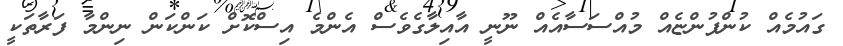
ގައުމެއް ކުންފުންޏެއް މުއްސަސާއެއް ނޫނީ އާއިލާގެވެސް އެންމެ އިސްކޮށް ކަންކަން ނިންމާ ފަރާތަކީ